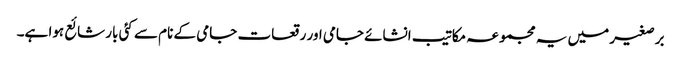
برصغیر میں یہ مجموعہ مکاتیب انشائے جامی اور رقعات جامی کے نام سے کئی بار شائع ہوا ہے۔